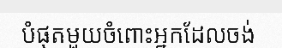
បំផុតមួយចំពោះអ្នកដែលចង់